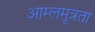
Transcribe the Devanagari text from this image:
आम्लमूत्रता